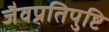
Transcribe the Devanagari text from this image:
जैवप्रतिपुष्टि